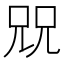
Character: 㒭